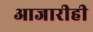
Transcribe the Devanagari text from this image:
आजारीही